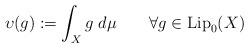
LaTeX: \begin{align*}\upsilon(g):=\int_X g\ d\mu\qquad\forall g\in\hbox{Lip}_0(X)\end{align*}